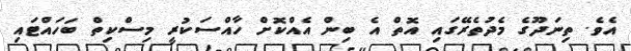
އެވެ. ތިނަދޫގެ މެދުތެރޭގައި އޮތް އެ ބިން އެއްކޮށް ހާއްސަކުރީ މިސްކިތް ބަހައްޓައި